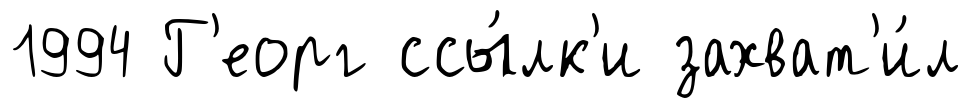
1994 Г'еорг ссы́лк'и захват'и́л